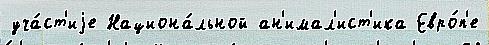
уча́ст'иjе Национа́льной ан'имал'ист'ика Евро́п'е